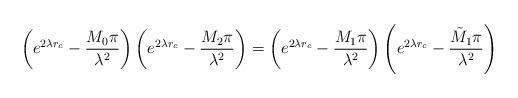
LaTeX: \begin{align*}\left(e^{2\lambda r_c} - \frac{M_0\pi}{\lambda^2}\right)\left(e^{2\lambda r_c} - \frac{M_2\pi}{\lambda^2}\right)=\left(e^{2\lambda r_c} - \frac{M_1\pi}{\lambda^2}\right)\left(e^{2\lambda r_c} - \frac{\tilde{M}_1\pi}{\lambda^2}\right)\end{align*}